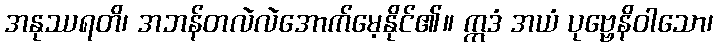
အနုဿရတိ၊ အဘန်တလဲလဲအောက်မေ့နိုင်၏။ ဣဒံ အယံ ပုဗ္ဗေနိဝါသော၊